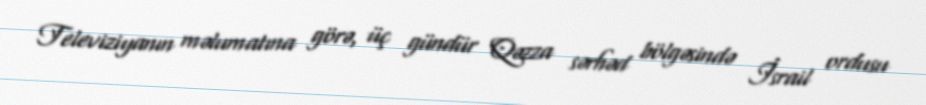
Televiziyanın məlumatına görə, üç gündür Qəzza sərhəd bölgəsində İsrail ordusu